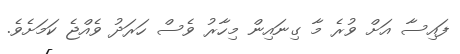
ފައިސާ އަށް ވުރެ މާ ގިނައިން މިހާރު ވެސް ހަރަދު ވެއްޖެ ކަމަށެވެ.